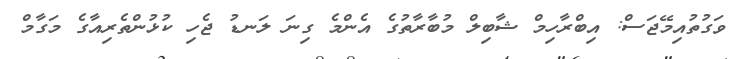
ވަގުތުއިމޭޖަސް: އިބްރާހިމް ޝާބިލް މުބާރާތުގެ އެންމެ ގިނަ ލަނޑު ޖެހި ކުޅުންތެރިއާގެ މަގާމް